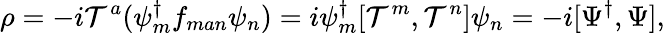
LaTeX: \rho=-i{\cal T}^{a}({\psi}_{m}^{\dagger}f_{man}{\psi}_{n})=i\psi_{m}^{\dagger}[{\cal T}^{m},{\cal T}^{n}]\psi_{n}=-i[\Psi^{\dagger},\Psi],